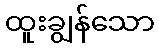
ထူးချွန်သော